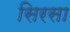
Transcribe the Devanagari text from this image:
सिरसा